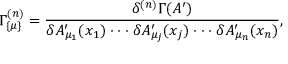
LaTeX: \Gamma _ { \{ \mu \} } ^ { ( n ) } = { \frac { \delta ^ { ( n ) } \Gamma ( A ^ { \prime } ) } { \delta A _ { \mu _ { 1 } } ^ { \prime } ( x _ { 1 } ) \cdot \cdot \cdot \delta A _ { \mu _ { j } } ^ { \prime } ( x _ { j } ) \cdot \cdot \cdot \delta A _ { \mu _ { n } } ^ { \prime } ( x _ { n } ) } } ,